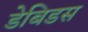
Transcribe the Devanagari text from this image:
डेबिडस